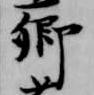
卿